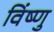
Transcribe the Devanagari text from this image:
विंष्णु